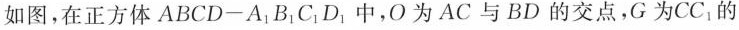
如图，在正方体ABCD-A_{1}B_{1}C_{1}D_{1}中，O为AC与BD的交点，G为CC_{1}的